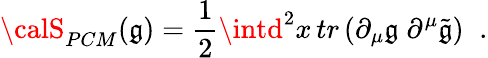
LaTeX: {\calS}_{PCM}(\mathfrak{g})={\frac{{1}}{{2}}}\intd^{2}x\, tr\left(\partial_{\mu}\mathfrak{g}\; \partial^{\mu}\tilde{{\mathfrak{g}}}\right)\; \; .